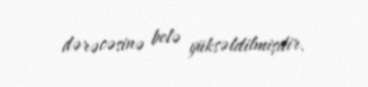
dərəcəsinə belə yüksəldilmişdir.